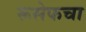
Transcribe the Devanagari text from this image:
रूसेफचा